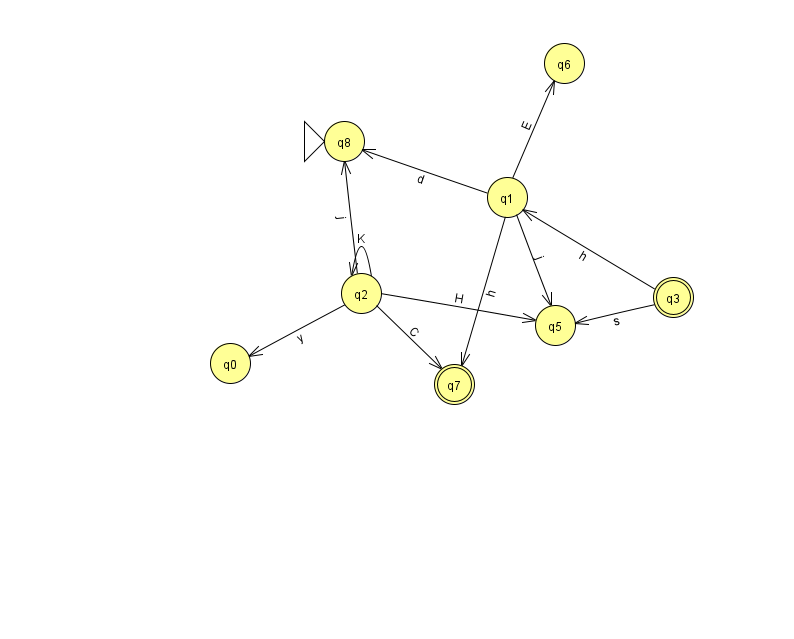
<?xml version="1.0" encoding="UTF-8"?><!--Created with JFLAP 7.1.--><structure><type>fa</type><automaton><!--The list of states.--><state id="0" name="q0"><x>230.0</x><y>350.0</y></state><state id="1" name="q1"><x>507.0</x><y>184.0</y></state><state id="2" name="q2"><x>361.0</x><y>280.0</y></state><state id="3" name="q3"><x>673.0</x><y>284.0</y><final/></state><state id="5" name="q5"><x>555.0</x><y>312.0</y></state><state id="6" name="q6"><x>564.0</x><y>50.0</y></state><state id="7" name="q7"><x>454.0</x><y>371.0</y><final/></state><state id="8" name="q8"><x>344.0</x><y>128.0</y><initial/></state><!--The list of transitions.--><transition><from>1</from><to>7</to><read>h</read></transition><transition><from>1</from><to>5</to><read>j</read></transition><transition><from>2</from><to>8</to><read>j</read></transition><transition><from>2</from><to>5</to><read>H</read></transition><transition><from>3</from><to>1</to><read>h</read></transition><transition><from>1</from><to>8</to><read>d</read></transition><transition><from>3</from><to>5</to><read>s</read></transition><transition><from>2</from><to>2</to><read>K</read></transition><transition><from>2</from><to>0</to><read>y</read></transition><transition><from>2</from><to>7</to><read>C</read></transition><transition><from>1</from><to>6</to><read>E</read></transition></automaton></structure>